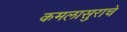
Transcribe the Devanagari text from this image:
कमलासुराचे